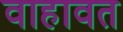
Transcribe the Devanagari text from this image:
वाहावत